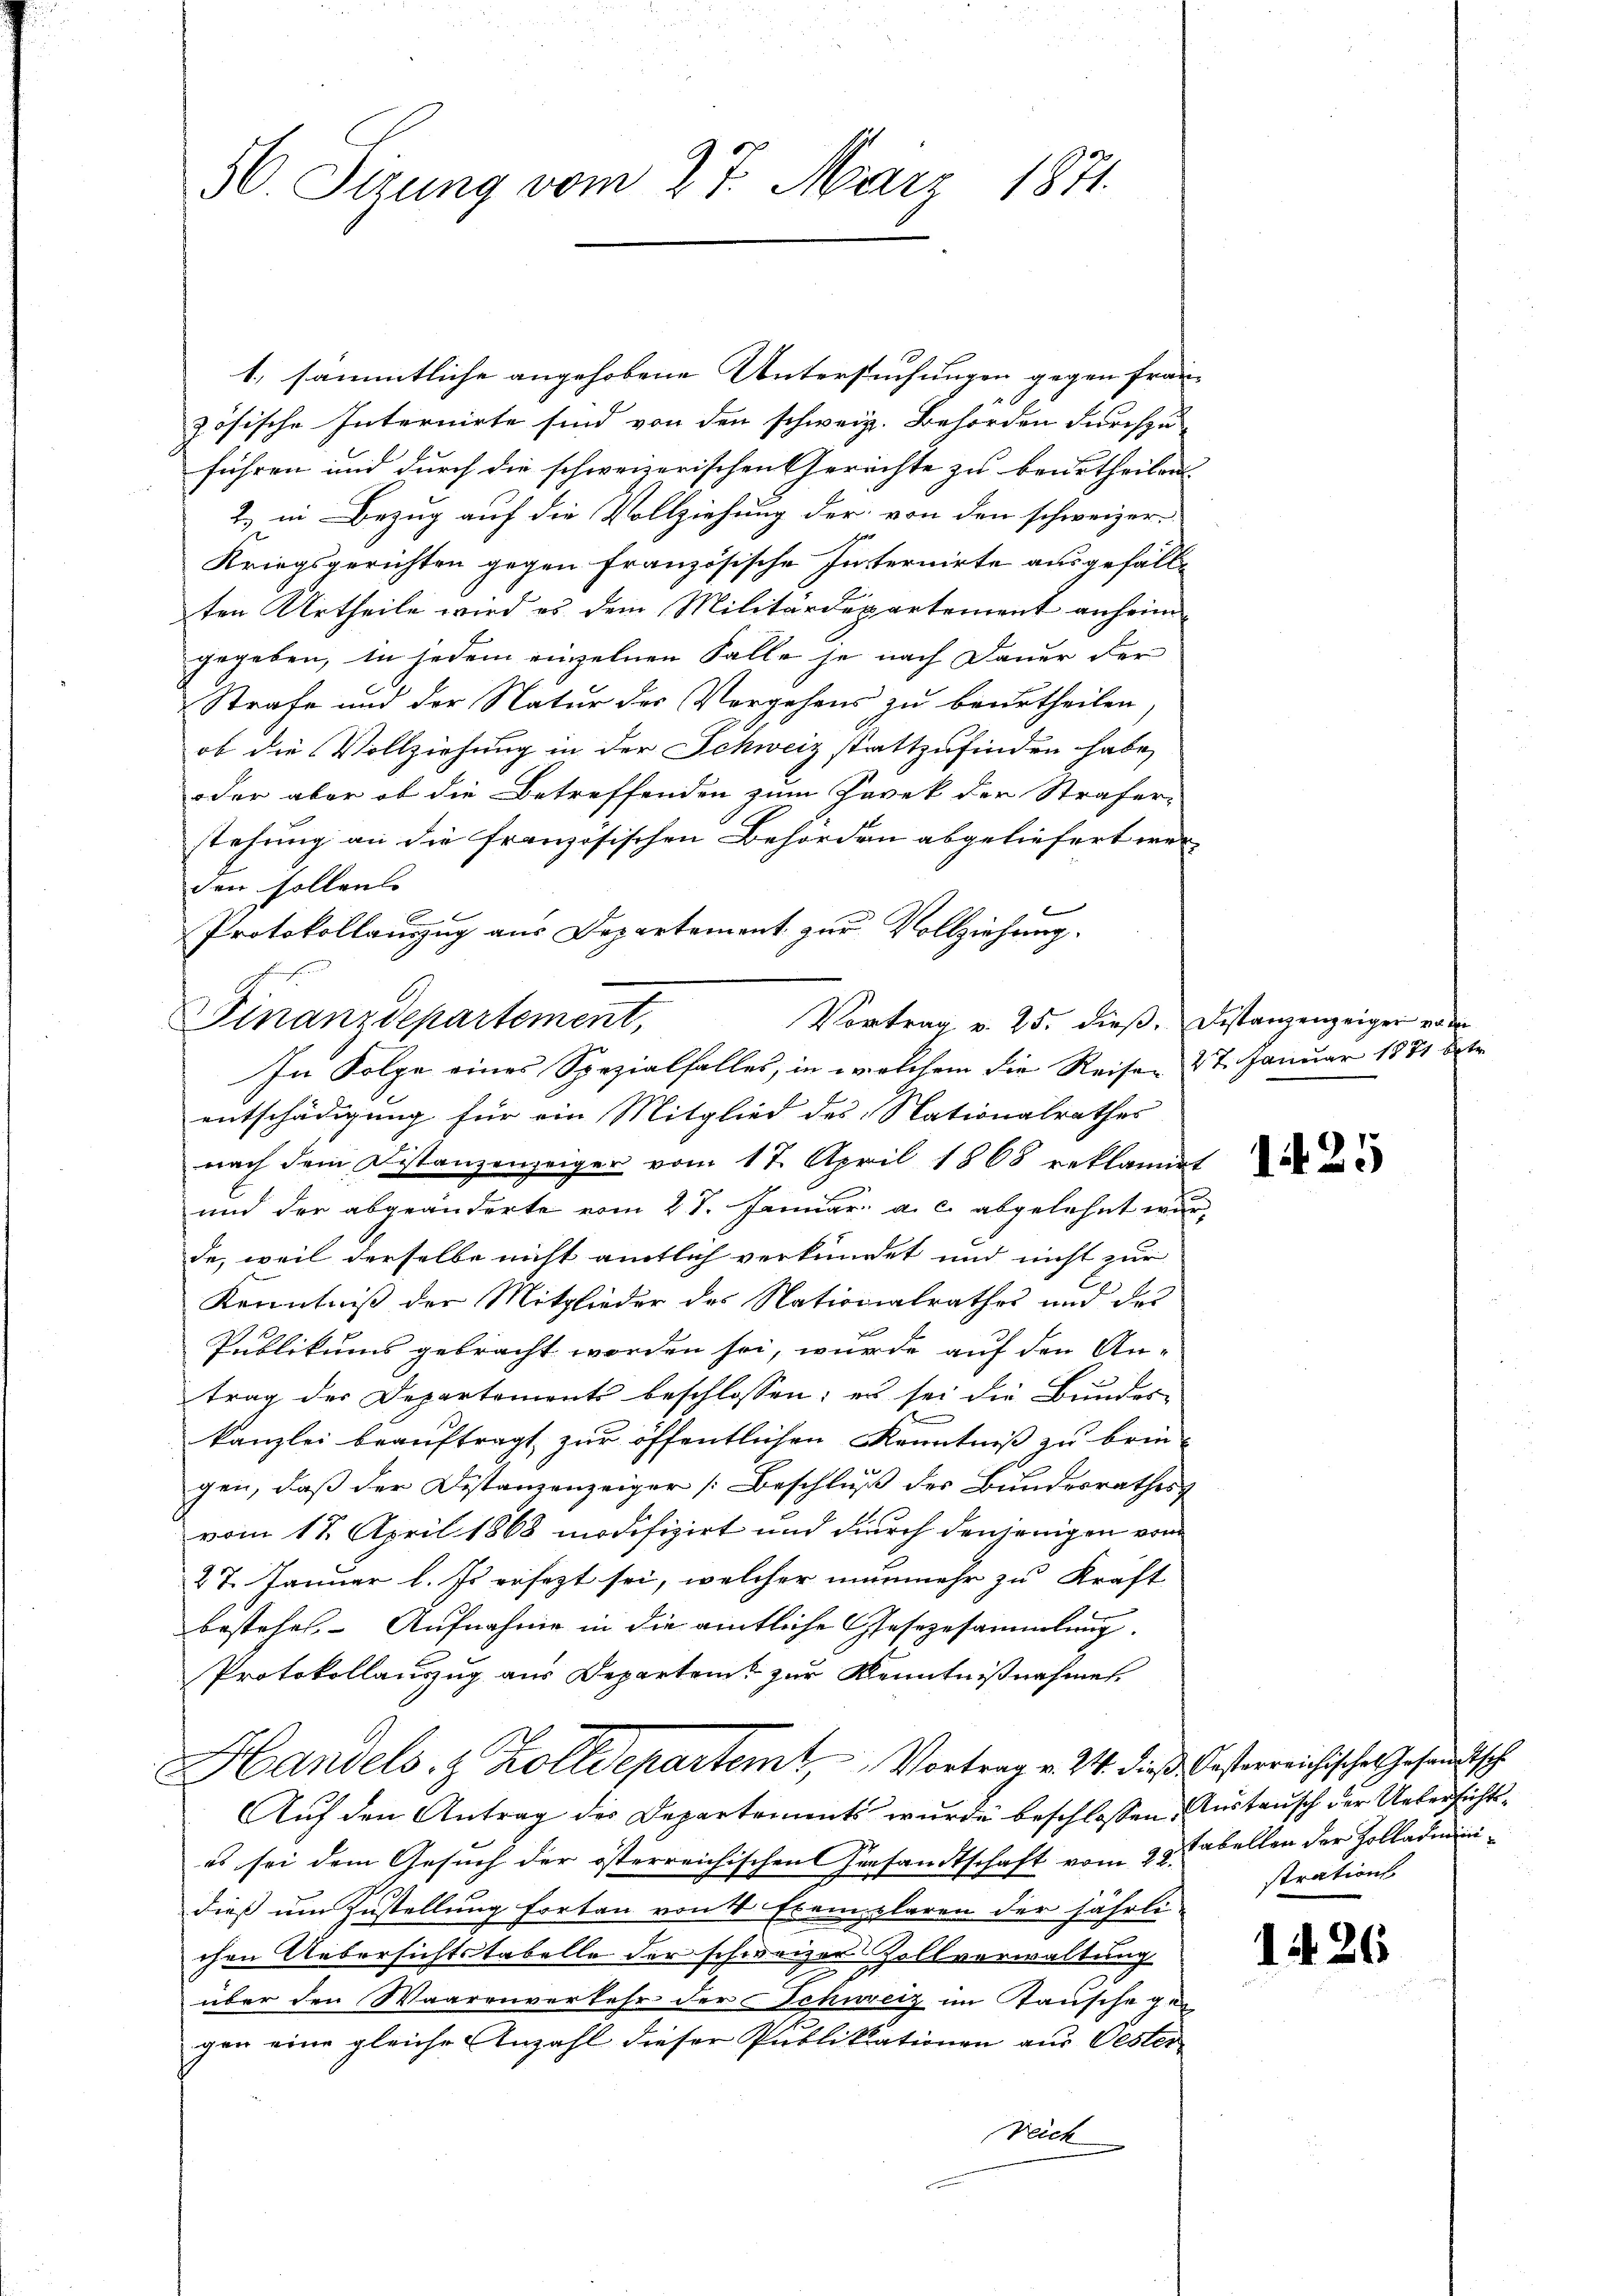
1. sämmtliche angehobene Untersuchungen gegen fran-
zösische Internirte sind von den schweiz. Behörden durchzu-
führen und durch die schweizerischen Gerichte zu beurtheilen
2) in Bezug auf die Vollziehung der von den schweizer-
Kriegsgerichten gegen französische Internirte ausgefällten Urtheile wird es dem Militärdepartement anheimgegeben, in jedem einzelnen Falle je nach Dauer der
Strafe und der Natur der Vorgehens zu beurtheilen,
ob die Vollziehung in der Schweiz stattzufinden habe,
oder aber ob die Betreffenden zum Havek der Strafer-
stehung an die französischen Behörden abgeliefert werden sollens |
Protokollauszug aus Departement zur Vollziehung.
entschädigung für ein Mitglied des Nationalrathes
nach dem Distanzenzeiger vom 17. April 1868 reklamirt
und der abgeänderte vom 27. Januar a. c. abgelehnt wurde, weil derselbe nicht amtlich verkündet und nicht zur
Kenntniß der Mitglieder des Nationalrathes und des
Publikums gebracht worden sei, wurde auf den An-
trag der Departements beschlossen: es sei die Bundes-
kanzlei beauftragt zur öffentlichen Kenntniß zu brin-
gen, daß der Distanzenzeiger [Beschluß des Bundesrathes
vom 18. April 1868 modifizirt und durch denjenigen vom
27. Januar l. Es ersezt sei, welcher nunmehr zu Kraft
bestehet. Aufnahme in die amtliche Gesezesammlung.
Protokollauszug aus Departent zur Kenntnißnahme
Handels- & Zolldepartemt, Vortrag v. 24. dieß besterreichische Gesandtsch
Auf den Antrag der Departements wurde beschlossen Austausch der Uebersichtses sei dem Gesuch der österreichischen Gersandtschaft vom 22. tabellen der Zolladminidieß um Zustellung fortan von 4 Exemplaren der jährli-
chen Uebersichtstabelle der schweizer Zollverwaltung
über den Waarenverkehr der Schweiz im Tausche gegen eine gleiche Anzahl dieser Publikationen aus Oester
Deich

36. Sirung vom 27. März 1871

Finanzdepartement,

Vortrag v. 25. dieß.
In Folge eines Spezialfalles, in welchem die Reiser 27. Januar 1871 betr

Bestanzenzeiger von

125

strations

1426